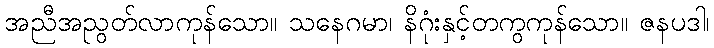
အညီအညွတ်လာကုန်သော။ သနေဂမာ၊ နိဂုံးနှင့်တကွကုန်သော။ ဇနပဒါ၊